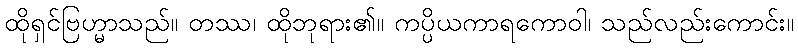
ထိုရှင်ဗြဟ္မာသည်။ တဿ၊ ထိုဘုရား၏။ ကပ္ပိယကာရကောဝါ၊ သည်လည်းကောင်း။